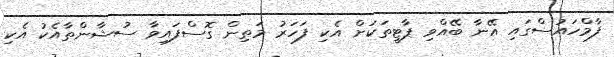
ފާމްހައުސްގައި އޭނާ ބޭއްވި ޕާޓީތަކަށް އެކި ފަހަރު މަތިން ގޮސްފައިވާ ސުޝާންތާއެކު އެކި